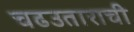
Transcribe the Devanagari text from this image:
चढउताराची